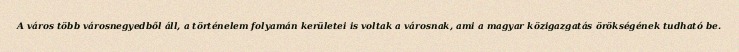
A város több városnegyedből áll, a történelem folyamán kerületei is voltak a városnak, ami a magyar közigazgatás örökségének tudható be.